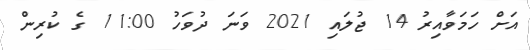
އަށް ހަމަވާއިރު 14 ޖުލައި 2021 ވަނަ ދުވަހު 11:00 ގެ ކުރިން